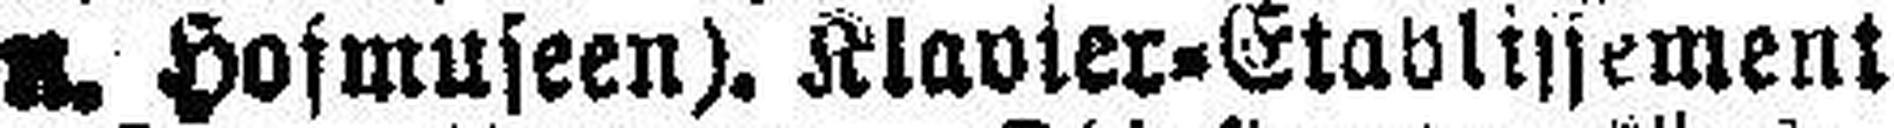
u. Hosmuseen). Klavier=Etablissement